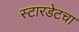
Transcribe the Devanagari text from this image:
स्टारडेटचा